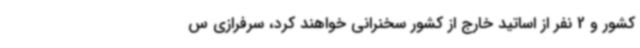
کشور و 2 نفر از اساتید خارج از کشور سخنرانی خواهند کرد، سرفرازی س